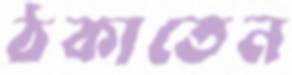
ঠকাতেন